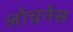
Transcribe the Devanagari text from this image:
लोचनेस